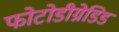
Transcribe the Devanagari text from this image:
फोटोडीग्रेडिड